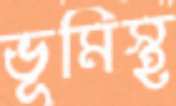
ভূমিস্থ